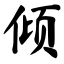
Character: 倾